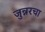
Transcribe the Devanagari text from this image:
जुन्नरचा